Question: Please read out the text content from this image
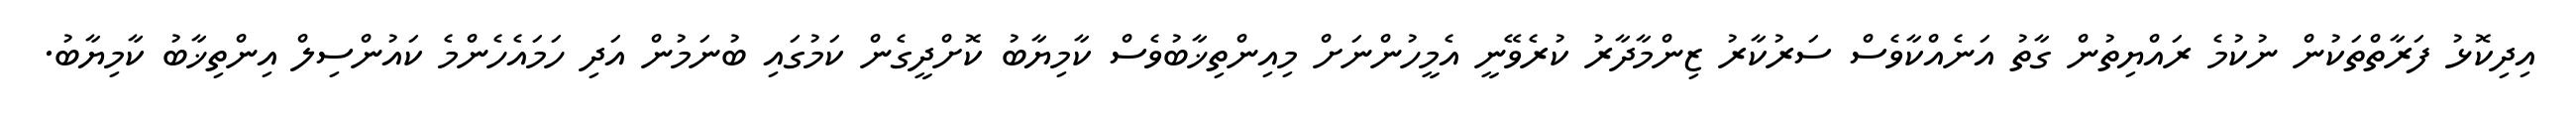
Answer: އިދިކޮޅު ފަރާތްތަކުން ނުކުމެ ރައްޔިތުން ގާތު އަނެއްކާވެސް ސަރުކާރު ޒިންމާދާރު ކުރެވޭނީ އެމީހުންނަށް މިއިންތިޚާބުވެސް ކާމިޔާބު ކޮށްދީގެން ކަމުގައި ބުނަމުން އަދި ހަމައެހެންމެ ކައުންސިލް އިންތިޚާބު ކާމިޔާބު.